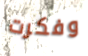
وفكرت